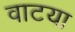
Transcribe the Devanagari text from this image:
वाटया